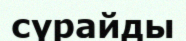
сүрайды